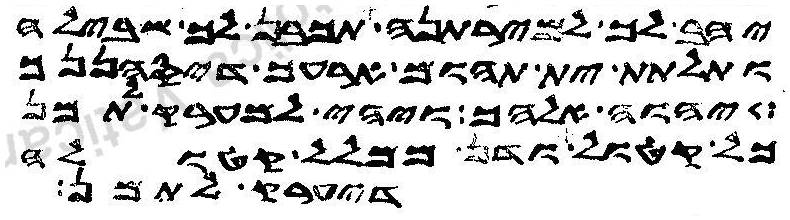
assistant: יהב לך למירתנה תכבן לך שבילה
ותלתת ית תהום ארעך דיסהננך
יהוה אלהך ויהי למערק לתמן
כל קטול ודן ממלל קטולה
דיערק לתמן